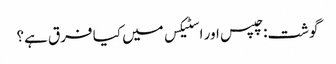
گوشت: چپس اور اسٹیکس میں کیا فرق ہے؟